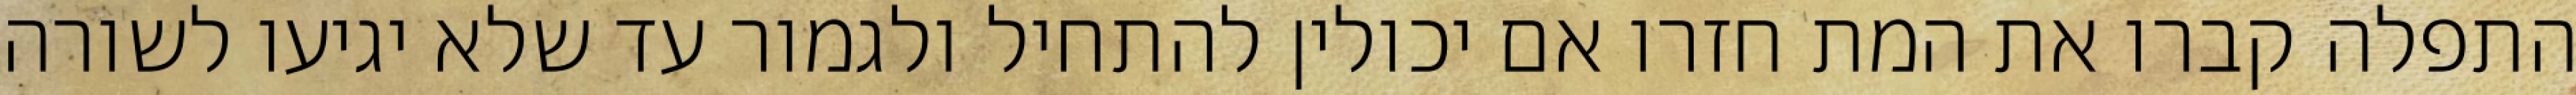
התפלה קברו את המת חזרו אם יכולין להתחיל ולגמור עד שלא יגיעו לשורה